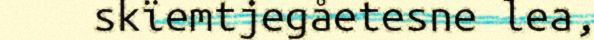
skïemtjegåetesne lea,